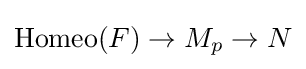
\operatorname {Homeo} (F)\to M_{p}\to N